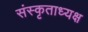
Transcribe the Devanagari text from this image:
संस्कृताध्यक्ष